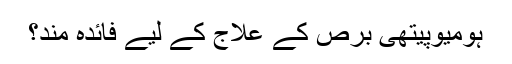
ہومیوپیتھی برص کے علاج کے لیے فائدہ مند؟